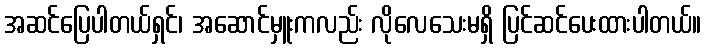
အဆင်ပြေပါတယ်ရှင်၊ အဆောင်မှူးကလည်း လိုလေသေးမရှိ ပြင်ဆင်ပေးထားပါတယ်။